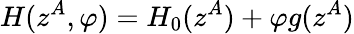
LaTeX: H(z^{A},\varphi)=H_{0}(z^{A})+\varphi g(z^{A})